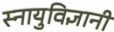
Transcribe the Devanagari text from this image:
स्नायुविज्ञानी